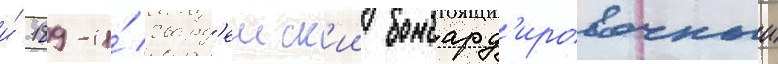
и́ 189-и́ гвард'еиск'ии бомбард'ировочныи